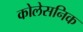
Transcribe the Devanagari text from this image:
कोलेसनिक